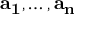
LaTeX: \mathbf { a _ { 1 } } , \ldots , \mathbf { a _ { n } }